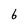
Character: 6